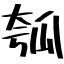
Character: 瓠